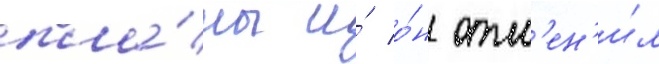
пла́ны и́ о́н отм'ен'и́л